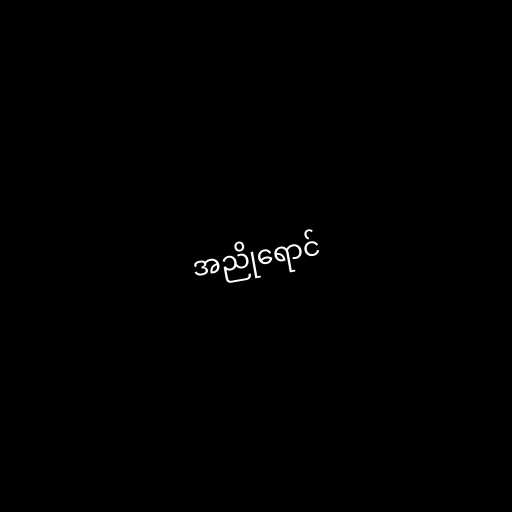
အညိုရောင်